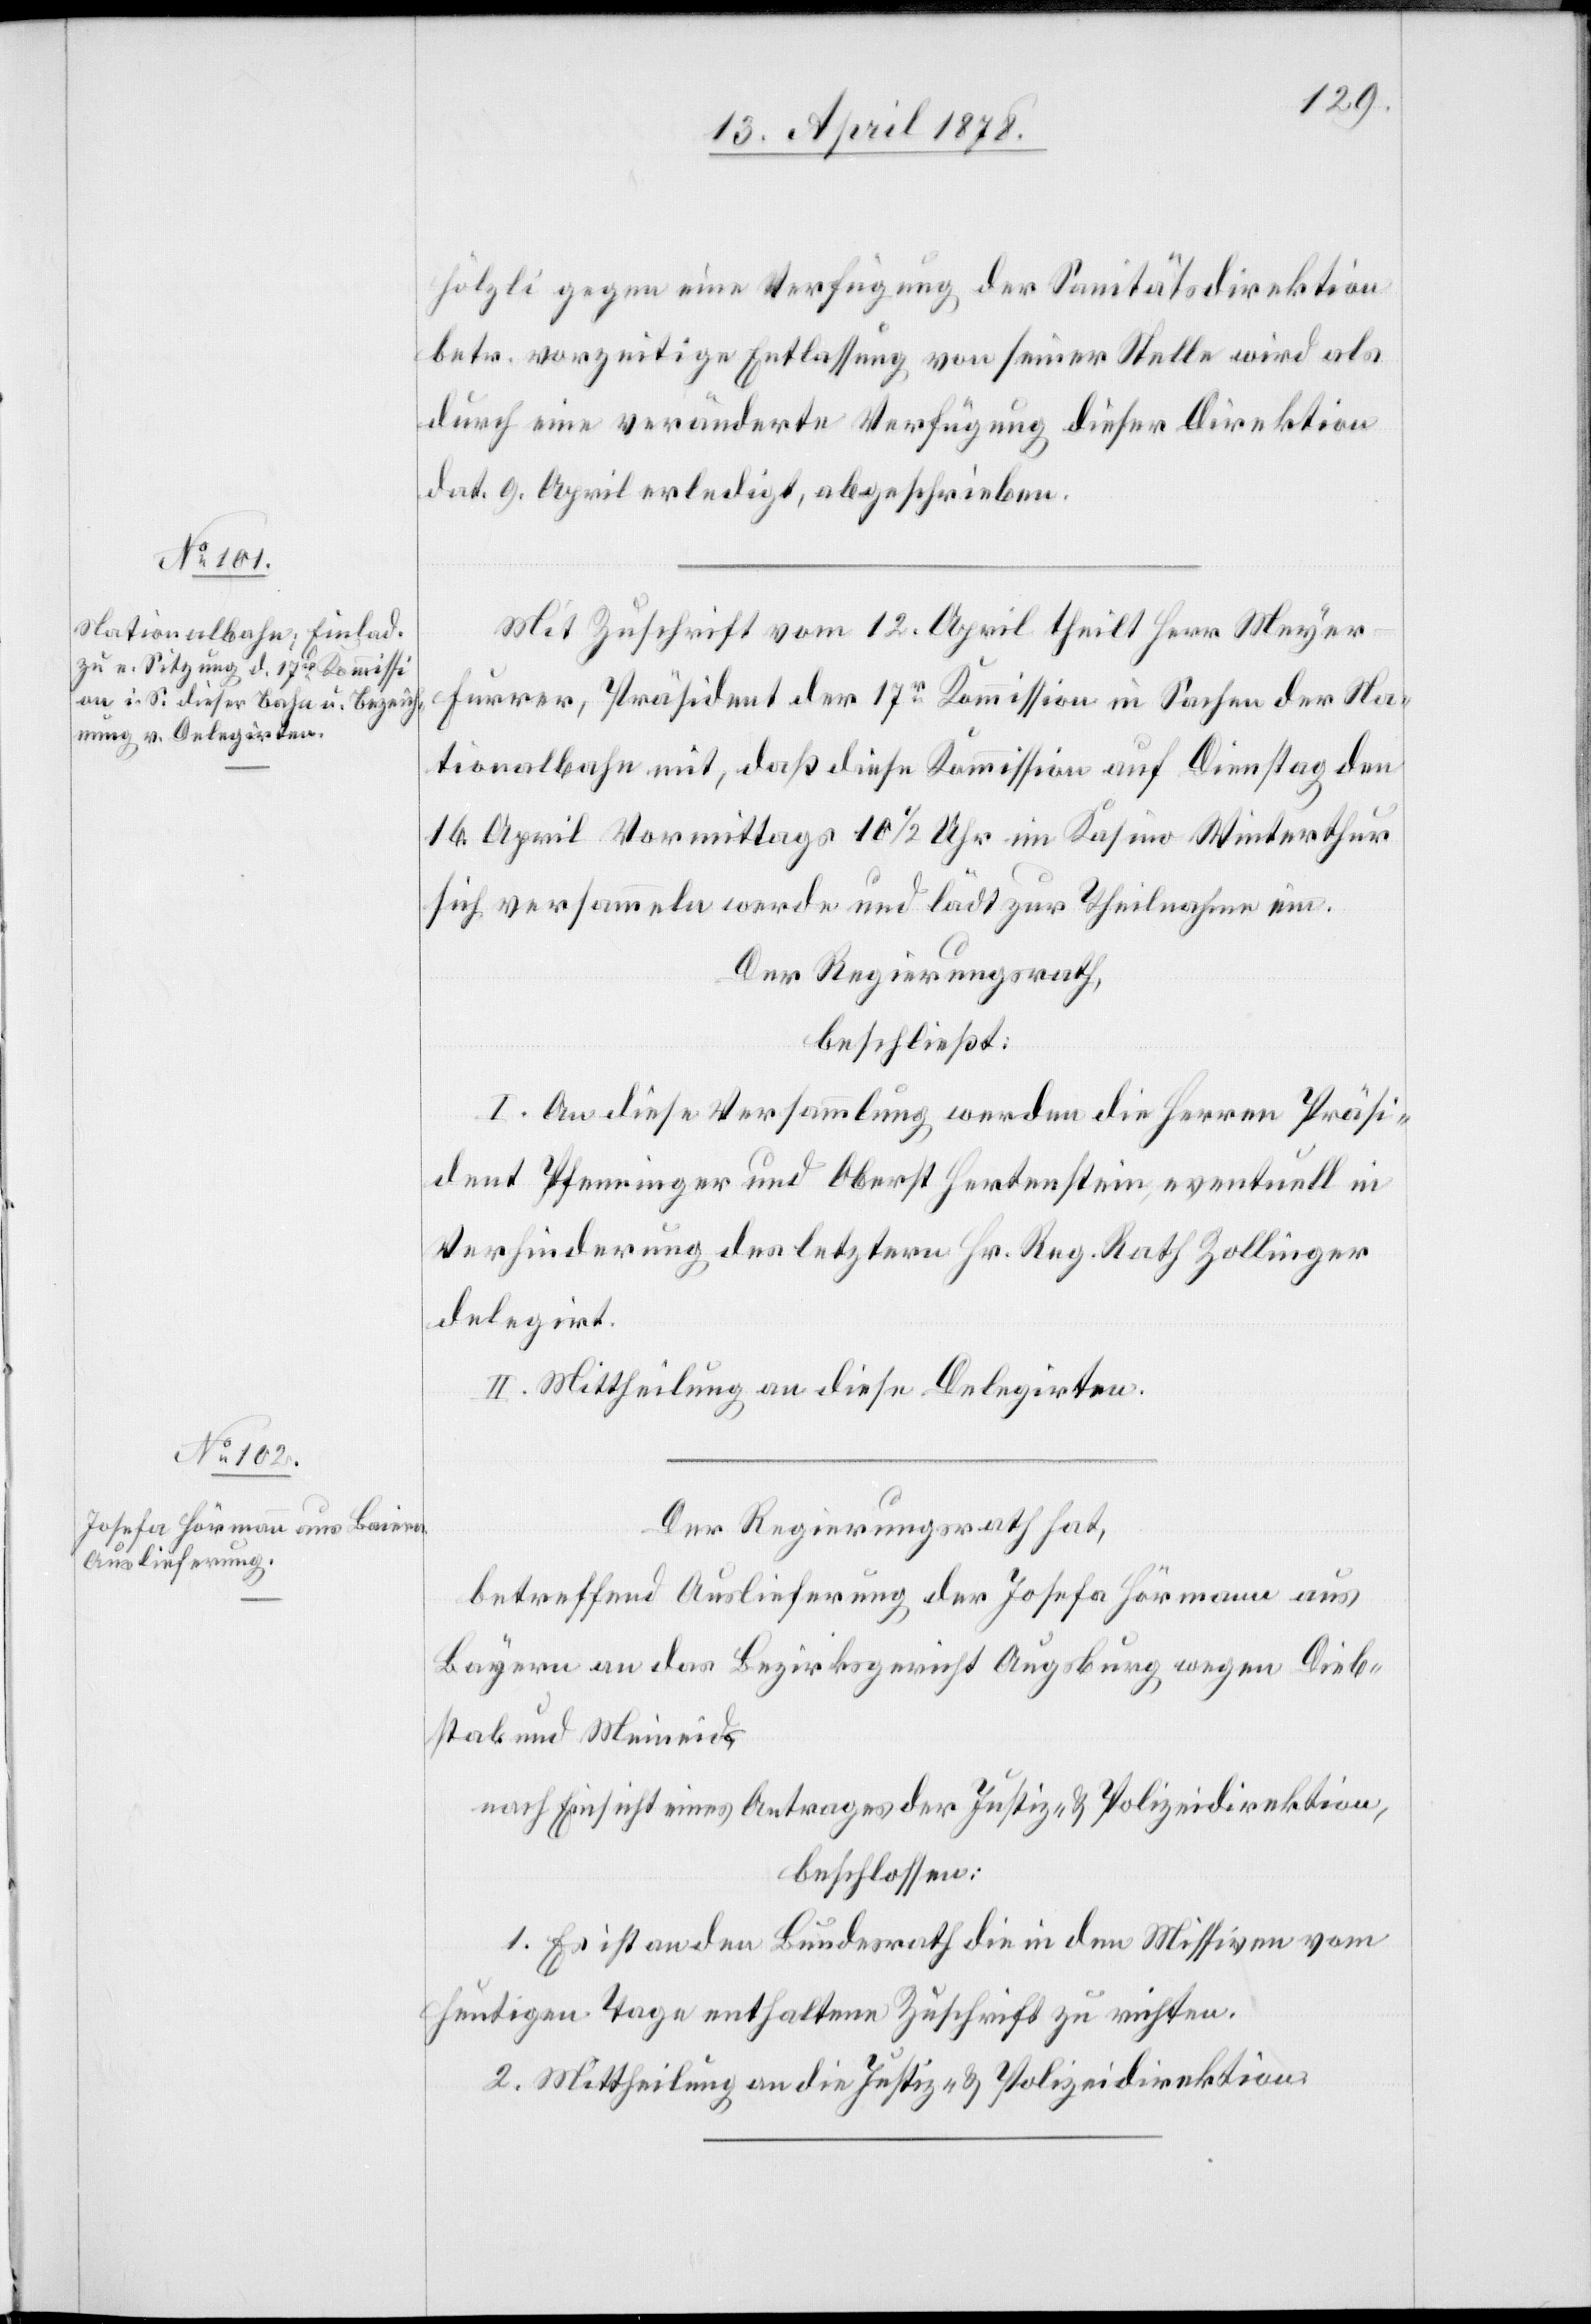
hölzli gegen eine Verfügung der Sanitätsdirektion
betr. vorzeitige Entlassung von seiner Stelle wird als
durch eine veränderte Verfügung dieser Direktion
dat. 9. April erledigt, abgeschrieben.
Mit Zuschrift vom 12. April theilt Herr Meyer
Furrer, Präsident der 17r Kommission in Sachen der Na¬
tionalbahn mit, daß diese Kommission auf Dienstag den
16. April Vormittags 10 1/2 Uhr im Kasino Winterthur
sich versammeln werde und lädt zur Theilnahme ein.
Der Regierungsrath,
beschließt:
I. An diese Versammlung werden die Herren Präsi¬
dent Pfenninger und Oberst Hertenstein, eventuell in
Verhinderung des letztern Hr. Reg. Rath Zollinger
delegirt.
II. Mittheilung an diese Delegirten.
Der Regierungsrath hat,
betreffend Auslieferung der Josefa Hörmann aus
Bayern an das Bezirksgericht Augsburg wegen Dieb¬
stal und Meineid,
nach Einsicht eines Antrages der Justiz- & Polizeidirektion,
beschlossen:
1. Es ist an den Bundesrath die in den Missiven vom
heutigen Tage enthaltene Zuschrift zu richten.
2. Mittheilung an die Justiz- & Polizeidirektion.